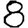
Digit: 8